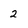
Character: 2